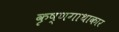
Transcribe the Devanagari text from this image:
कृष्णगाथाकार